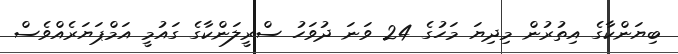
ބިޔަންކާގެ އިތުރުން މިދިޔަ މަހުގެ 24 ވަނަ ދުވަހު ސްރީލަންކާގެ ގައުމީ އަމްޕަޔަރެއްވެސް